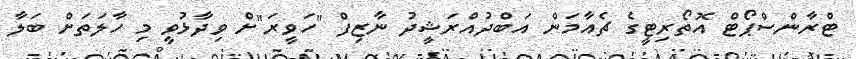
ޓްރާންސްޕޯޓް އޮތޯރިޓީގެ ޗެއާމަން އަބްދުއްރަޝީދު ނާޒިފް "ހަވީރަ"ށް ވިދާޅުވީ މި ހާލަތަށް ބަލާ